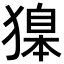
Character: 𬍂